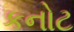
કનોટ